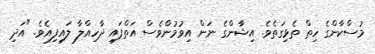
މުސްކާންގެ ހިތް ތެޅިގަތެވެ. އިޝާންގެ ނަން އިވުމުންވެސް އަތްފައި ދާހިއްލާ ލައިފިއެވެ. "އަދި